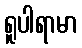
ရူပါရာမာ